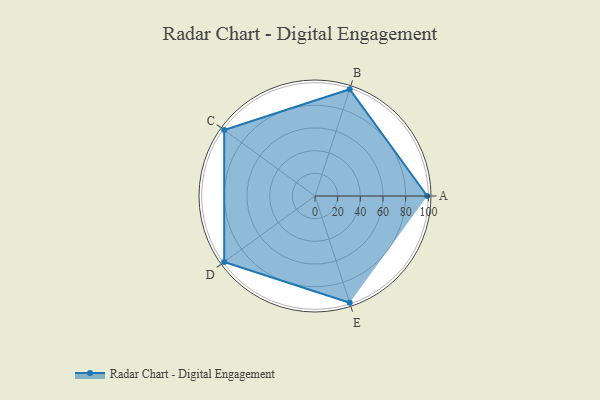
{"axis": {"x": "Skill", "y": "Score"}, "legend": ["Profile"], "data": [{"x": "A", "y": 99, "type": "Profile"}, {"x": "B", "y": 99, "type": "Profile"}, {"x": "C", "y": 99, "type": "Profile"}, {"x": "D", "y": 99, "type": "Profile"}, {"x": "E", "y": 99, "type": "Profile"}]}